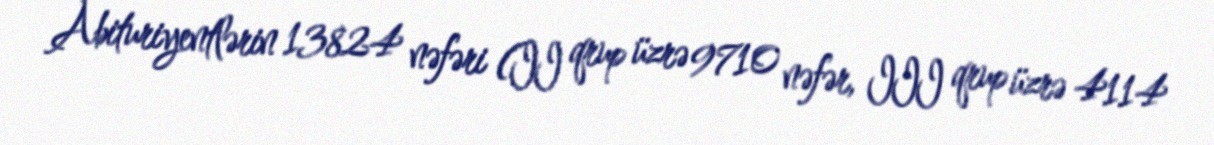
Abituriyentlərin 13824 nəfəri (II qrup üzrə 9710 nəfər, III qrup üzrə 4114